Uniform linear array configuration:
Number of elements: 4
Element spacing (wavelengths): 0.5
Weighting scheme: uniform
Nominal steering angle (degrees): -15
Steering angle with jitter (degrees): -15.461
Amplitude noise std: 0.05
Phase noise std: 0.05

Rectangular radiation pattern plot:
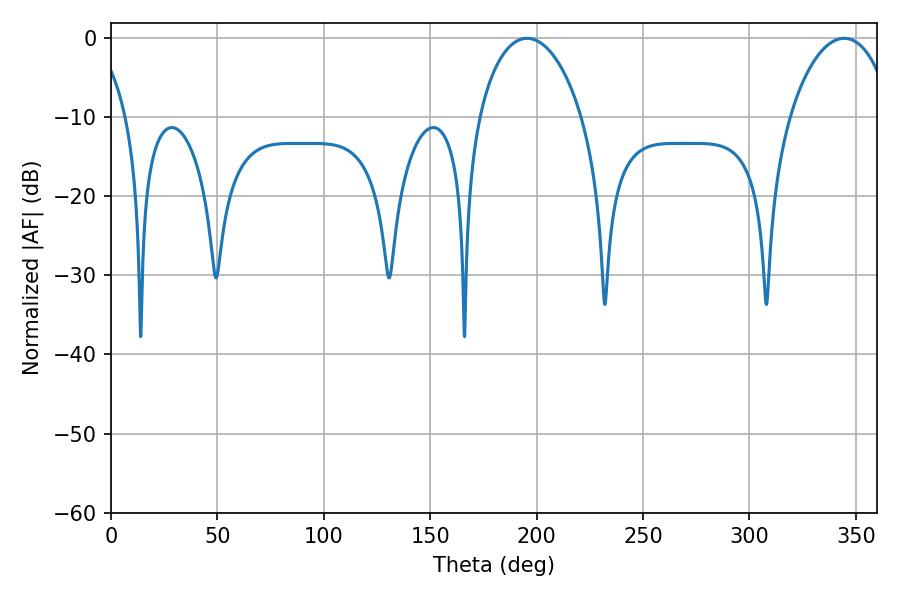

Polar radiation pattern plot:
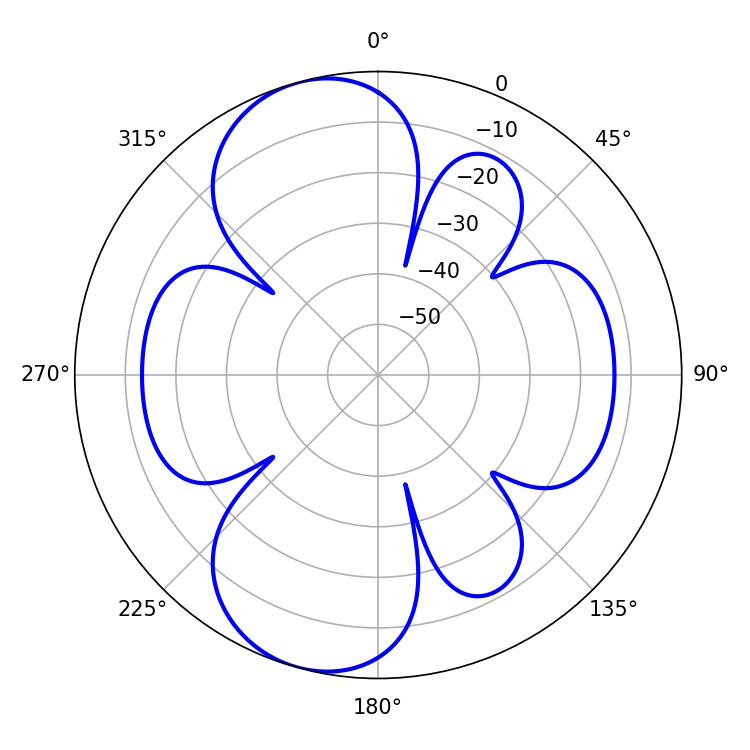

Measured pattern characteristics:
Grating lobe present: FALSE
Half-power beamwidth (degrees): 27.72
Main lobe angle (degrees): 195.48